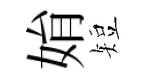
姢短